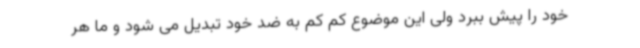
خود را پیش ببرد ولی این موضوع کم کم به ضد خود تبدیل می شود و ما هر